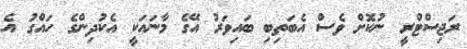
ރަޖިސްޓްރީ ނުކޮށް ވެސް އެބަތިބި ބައިވަރު އޭގެ މާނައަކީ އެކުދިންގެ ހައްގު އެ